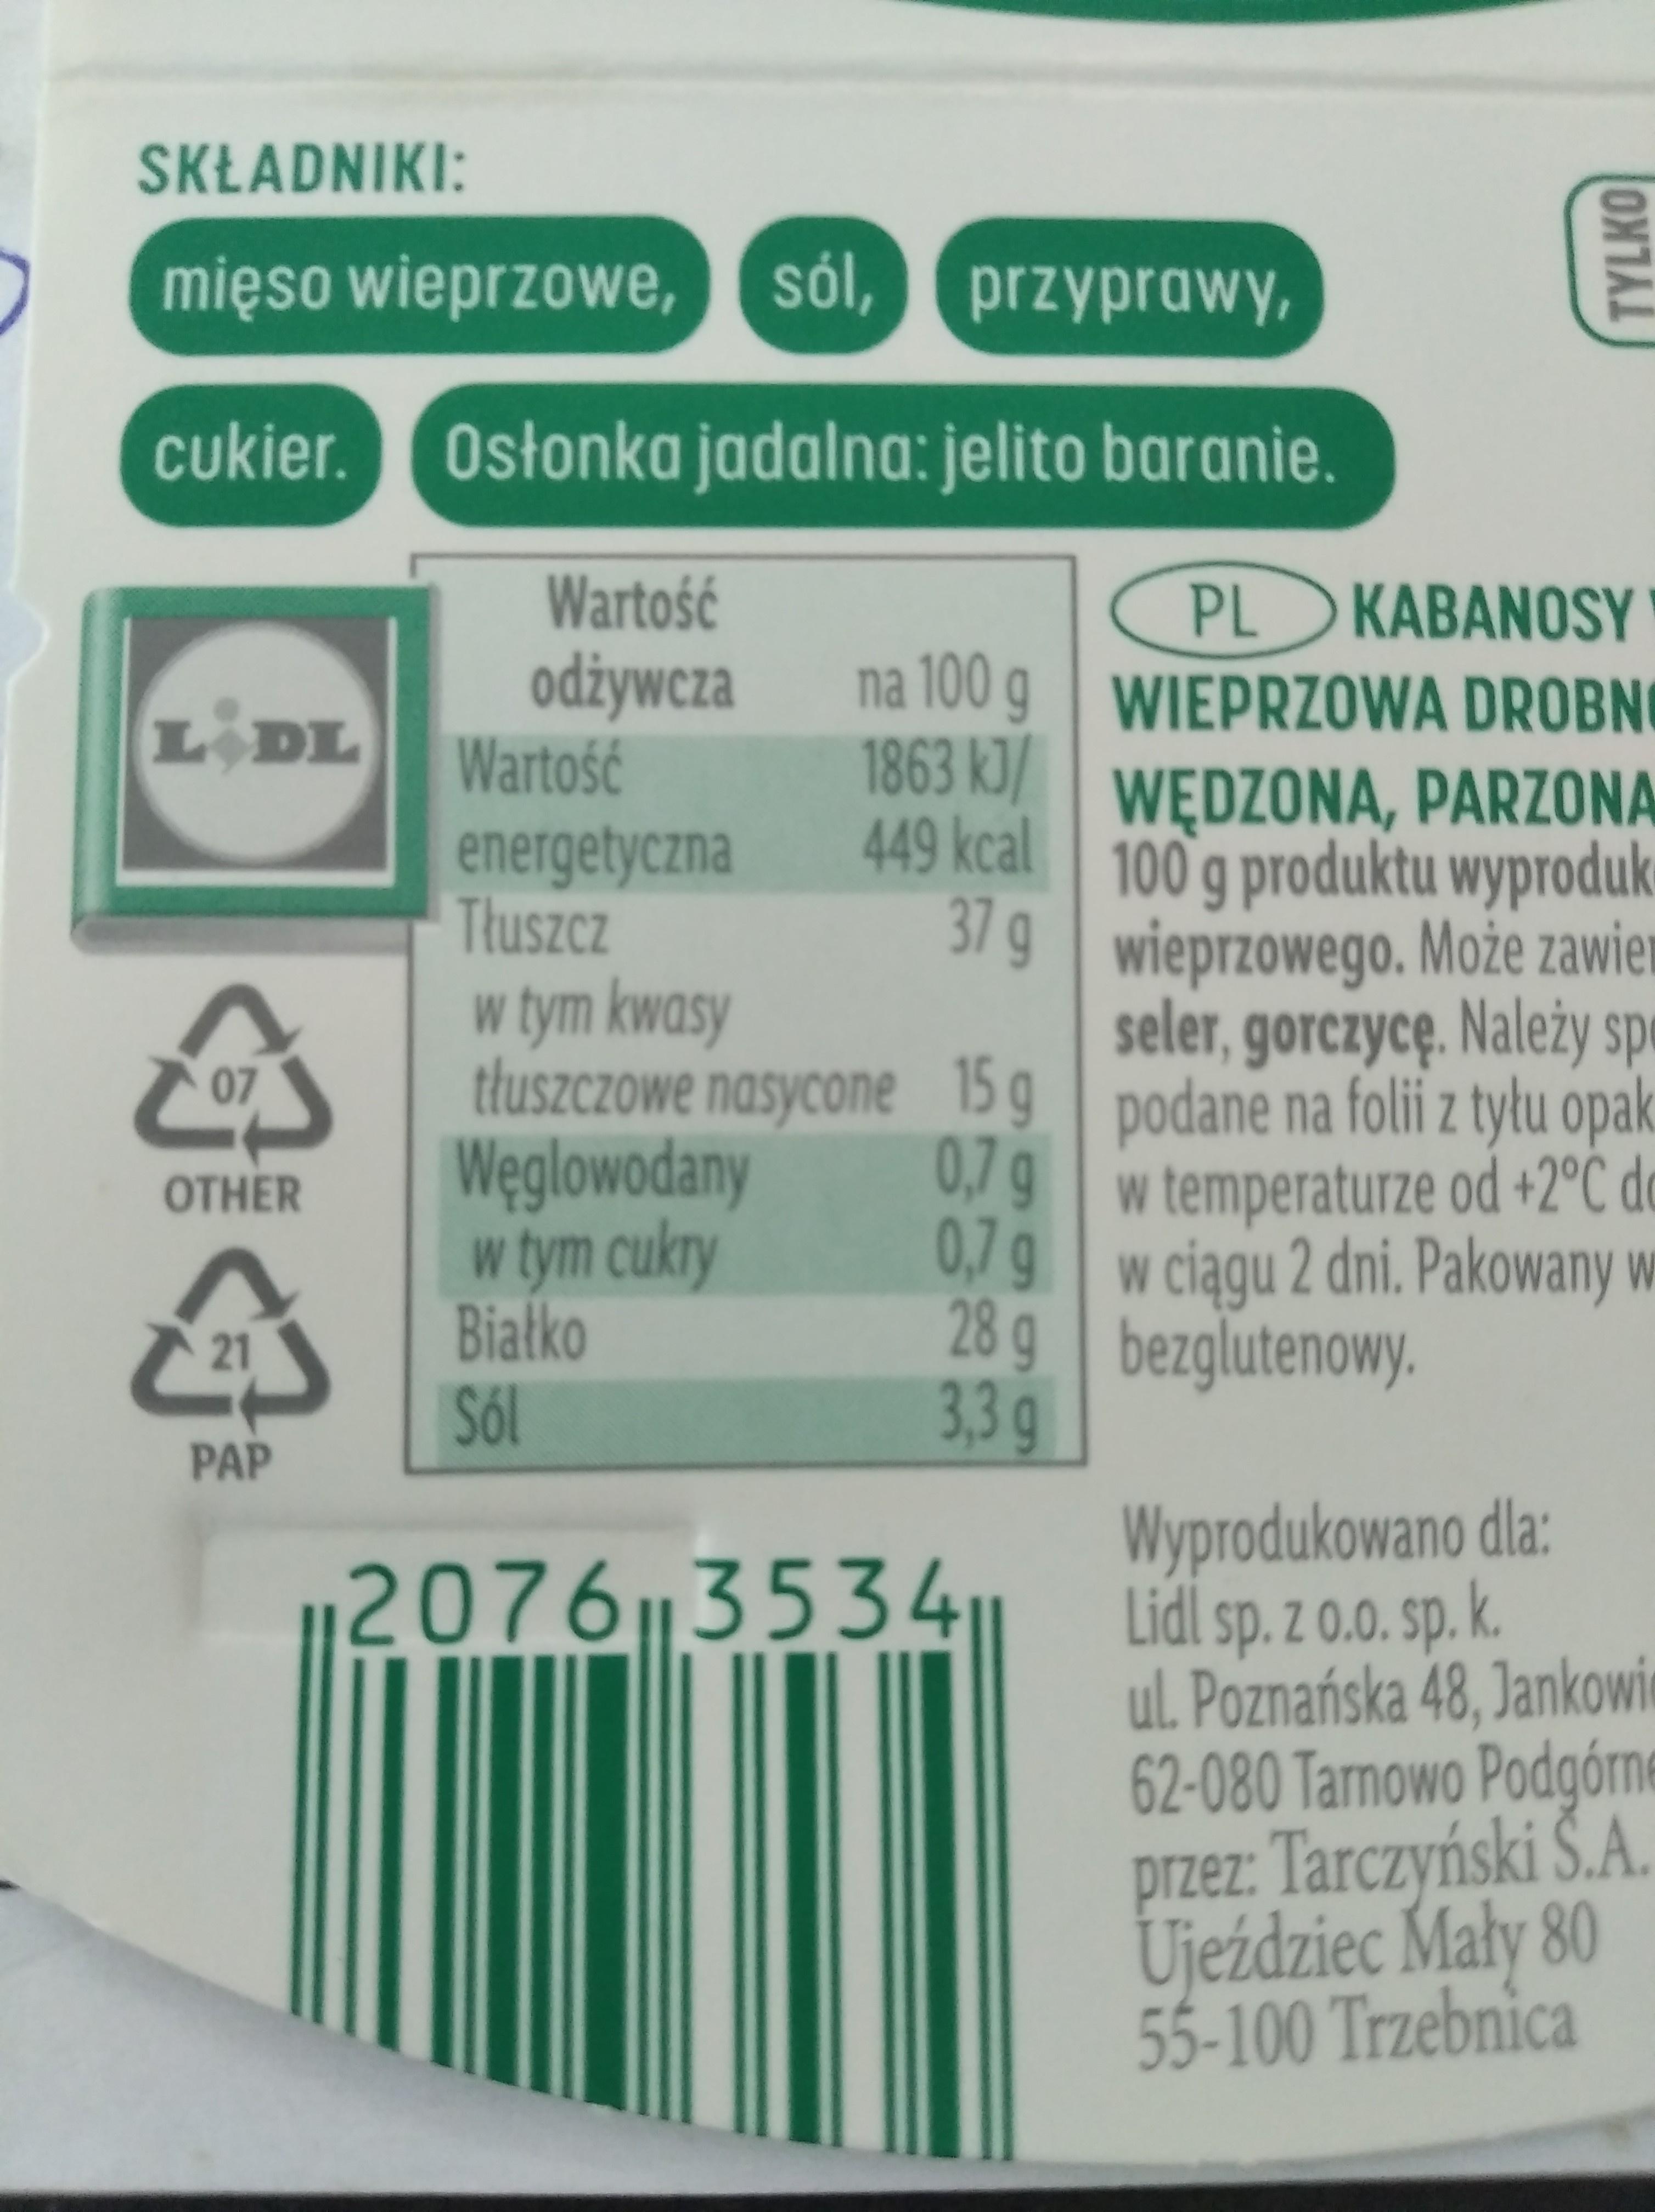
SKŁADNIKI:
mięso wieprzowe,
sól, przyprawy,
cukier. Osłonka jadalna: jelito baranie.
Wartość odżywcza Wartość energetyczna Thuszcz w tym kwasy tłuszczowe nasycone 15 g podane na folii z tyłu opak Weglowodany w tym cukry Biatko Sól
PL KABANOSY na 100 g WIEPRZOWA DROBN 1863 kJ/ WEDZONA, PARZONA 449 kcal 100 g produktu wyproduk 37 g wieprzowego. Może zawier seler, gorczycę. Należy sp
L DL
07
0,7g w temperaturze od +2°C do 0,7g w ciągu 2 dni. Pakowany w 28g bezglutenowy. 3,3g
OTHER
21
PAP
Wyprodukowano dla: Lidl sp. z 0.0. sp. K. ul. Poznańska 48, Jankowie 62-080 Tarnowo Podgórne przez: Tarczyński Š.A. Ujeździec Mały 80 55-100 Trzebnica
2076 3534
10
TYLKO